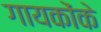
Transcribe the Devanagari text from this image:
गायकोंके